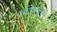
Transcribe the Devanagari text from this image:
पंचायतानात